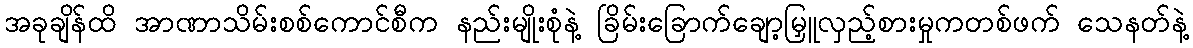
အခုချိန်ထိ အာဏာသိမ်းစစ်ကောင်စီက နည်းမျိုးစုံနဲ့ ခြိမ်းခြောက်ချော့မြှူလှည့်စားမှုကတစ်ဖက် သေနတ်နဲ့